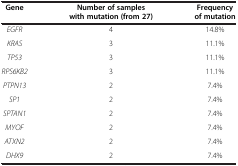
| Gene | Number of samples with mutation (from 27) | Frequency of mutation |
 | --- | --- | --- |
 | EGFR | 4 | 14.8% |
 | KRAS | 3 | 11.1% |
 | TP53 | 3 | 11.1% |
 | RPS6KB2 | 3 | 11.1% |
 | PTPN13 | 2 | 7.4% |
 | SP1 | 2 | 7.4% |
 | SPTAN1 | 2 | 7.4% |
 | MYOF | 2 | 7.4% |
 | ATXN2 | 2 | 7.4% |
 | DHX9 | 2 | 7.4% |